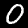
Digit: 0